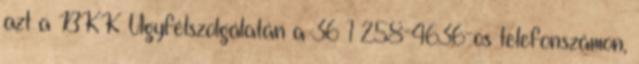
azt a BKK Ügyfélszolgálatán a 36 1 258-4636-os telefonszámon,